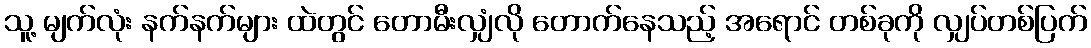
သူ့ မျက်လုံး နက်နက်များ ထဲတွင် တောမီးလျှံလို တောက်နေသည့် အရောင် တစ်ခုကို လျှပ်တစ်ပြက်